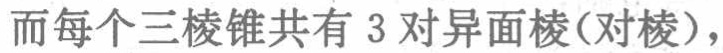
而每个三棱锥共有 3 对异面棱(对棱)，